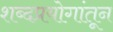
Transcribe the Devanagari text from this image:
शब्दप्रयोगांतून